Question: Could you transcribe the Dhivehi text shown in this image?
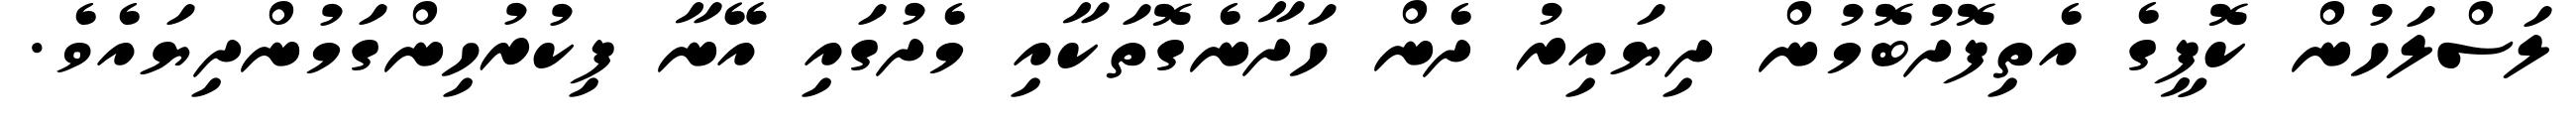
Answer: ލަސްލަހުން ކޮފީގެ އެތިފޮދުބޮމުން ދިޔައިރު ދެން ހަދާނެގޮތަކާއި މެދުގައި އޭނާ ފިކުރުހިންގަމުންދިޔައެވެ.